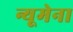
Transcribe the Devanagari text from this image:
न्यूमेना